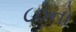
૮૦નો